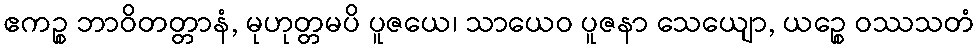
ဧကဉ္စ ဘာဝိတတ္တာနံ, မုဟုတ္တမပိ ပူဇယေ၊ သာယေဝ ပူဇနာ သေယျော, ယဉ္စေ ဝဿသတံ